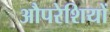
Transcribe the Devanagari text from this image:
औपरेशियों